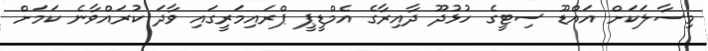
މިސާލަކަށް އައްޑޫ ސިޓީގެ ހުޅުދޫ ދާއިރާގެ އެމްޑީޕީ ޕްރައިމަރީގައި ވާދަ ކުރައްވާނެ ކަމަށް